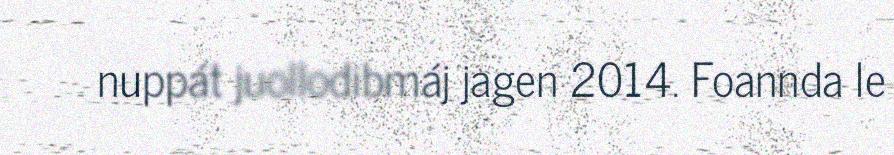
nuppát juollodibmáj jagen 2014. Foannda le